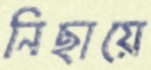
নিছায়ে